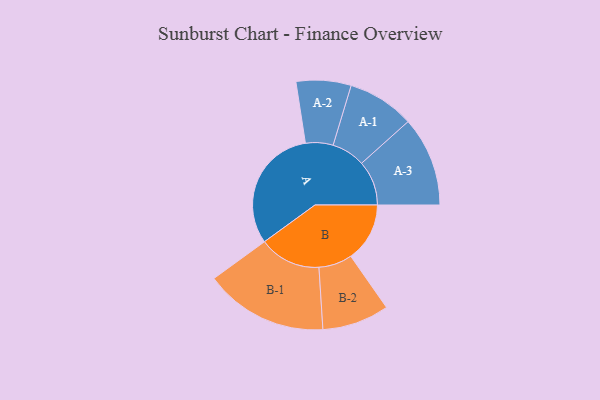
{"axis": {"x": "Segment", "y": "Value"}, "legend": ["", "A", "B"], "data": [{"x": "A", "y": 498, "type": ""}, {"x": "B", "y": 234, "type": ""}, {"x": "A-1", "y": 133, "type": "A"}, {"x": "A-2", "y": 109, "type": "A"}, {"x": "A-3", "y": 178, "type": "A"}, {"x": "B-1", "y": 245, "type": "B"}, {"x": "B-2", "y": 133, "type": "B"}]}